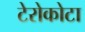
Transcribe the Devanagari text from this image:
टेरोकोटा